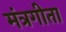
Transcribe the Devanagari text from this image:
मंत्रगीता